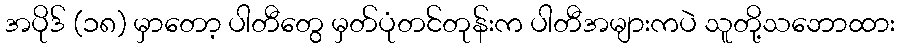
အပိုဒ် (၁၈) မှာတော့ ပါတီတွေ မှတ်ပုံတင်တုန်းက ပါတီအများကပဲ သူတို့သဘောထား